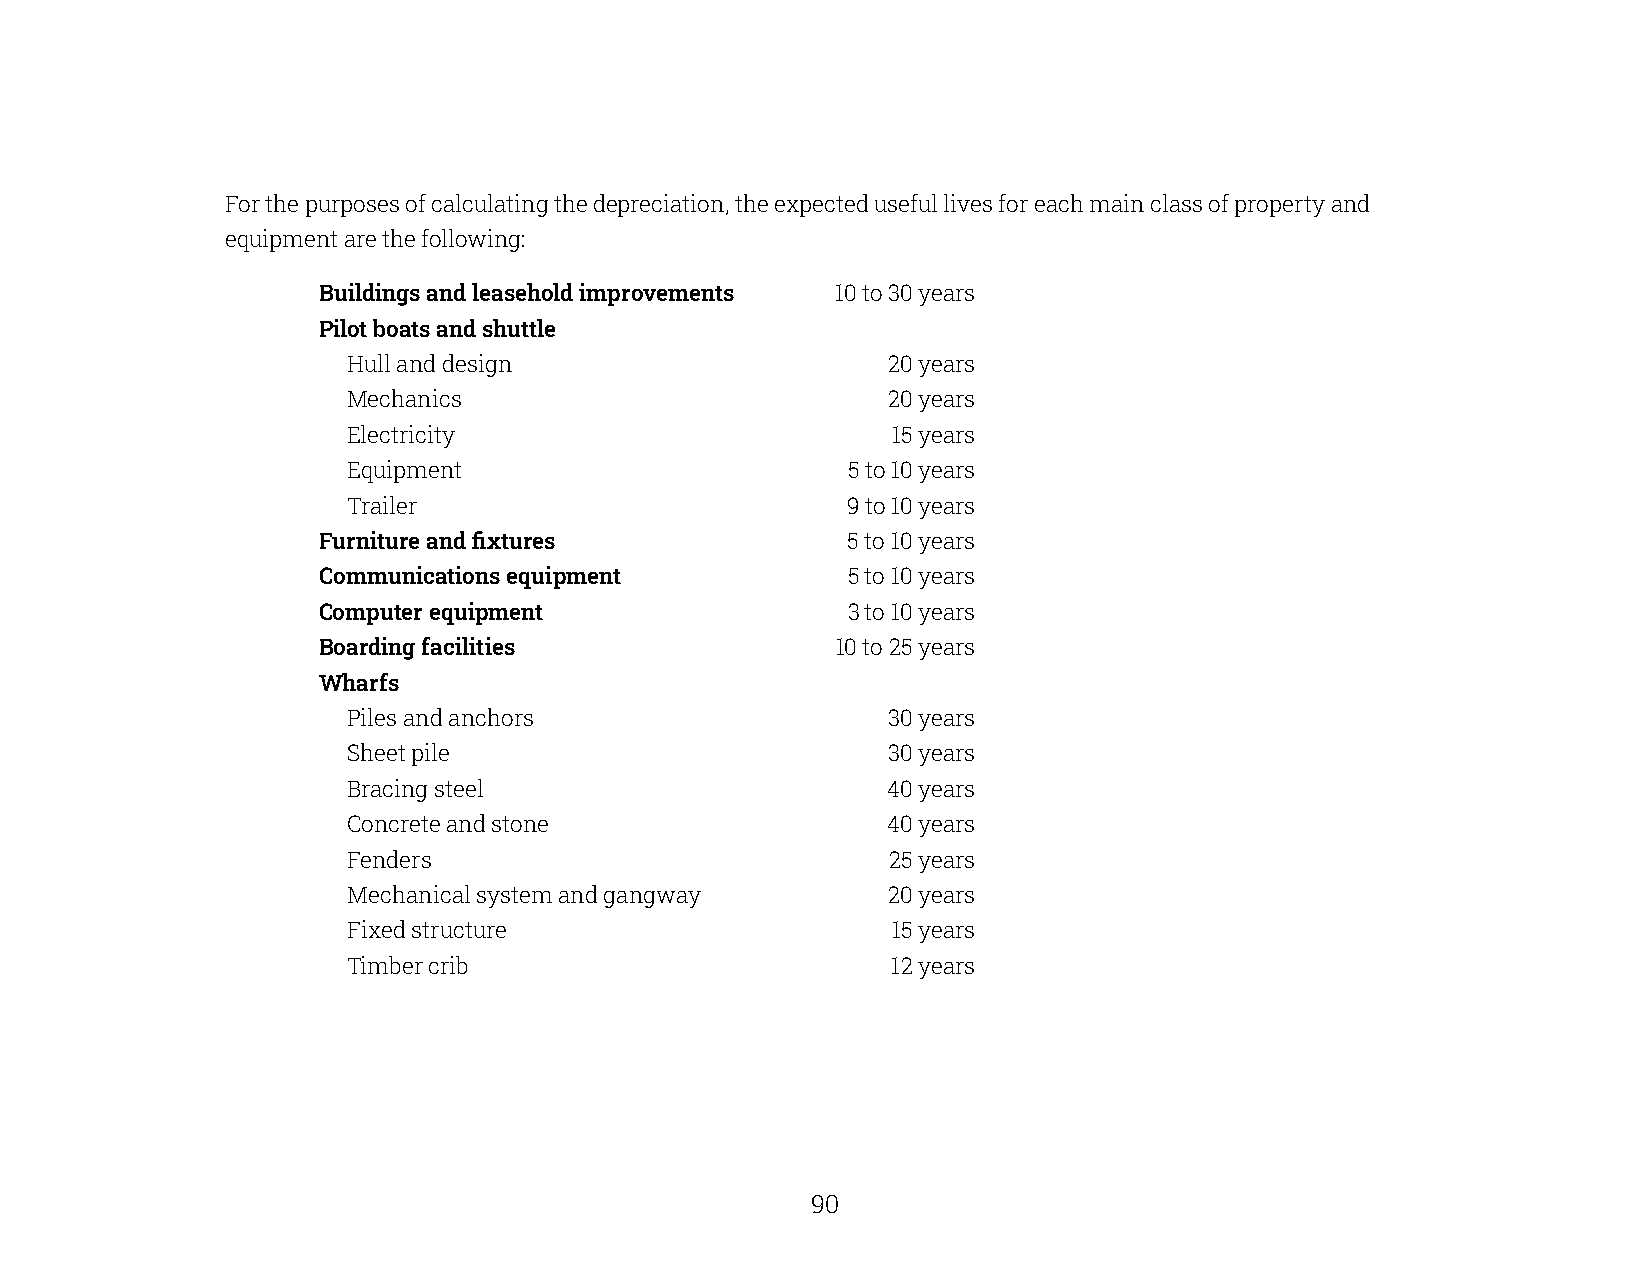
For the purposes of calculating the depreciation, the expected useful lives for each main class of property and
 equipment are the following:
 Buildings and leasehold improvements 10 to 30 years
 Pilot boats and shuttle
 Hull and design                     20 years
 Mechanics                           20 years
 Electricity                         15 years
 Equipment                        5 to 10 years
 Trailer                          9 to 10 years
 Furniture and fixtures             5 to 10 years
 Communications equipment           5 to 10 years
 Computer equipment                 3 to 10 years
 Boarding facilities               10 to 25 years
 Wharfs
 Piles and anchors                   30 years
 Sheet pile                          30 years
 Bracing steel                       40 years
 Concrete and stone                  40 years
 Fenders                             25 years
 Mechanical system and gangway       20 years
 Fixed structure                     15 years
 Timber crib                         12 years
 90